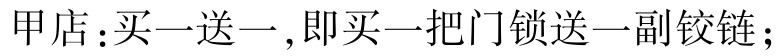
甲店：买一送一 ,即买一把门锁送一副铰链；